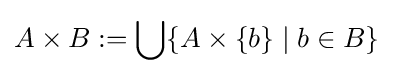
A\times B:=\bigcup \{A\times \{b\}\mid b\in B\}